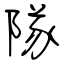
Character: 隊